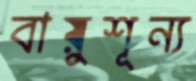
বায়ুশূন্য